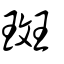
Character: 辬